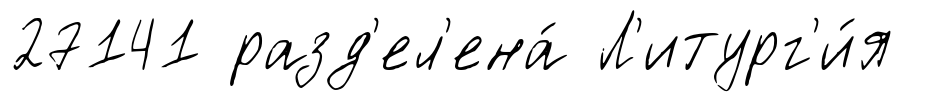
27141 разд'ел'ена́ Л'итург'и́я